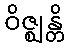
ဝိဇ္ဈန္တိ